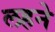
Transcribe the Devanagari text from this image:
लहने